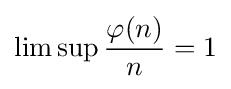
\lim \sup {\frac {\varphi (n)}{n}}=1